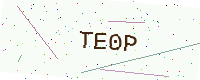
Text: TE0P